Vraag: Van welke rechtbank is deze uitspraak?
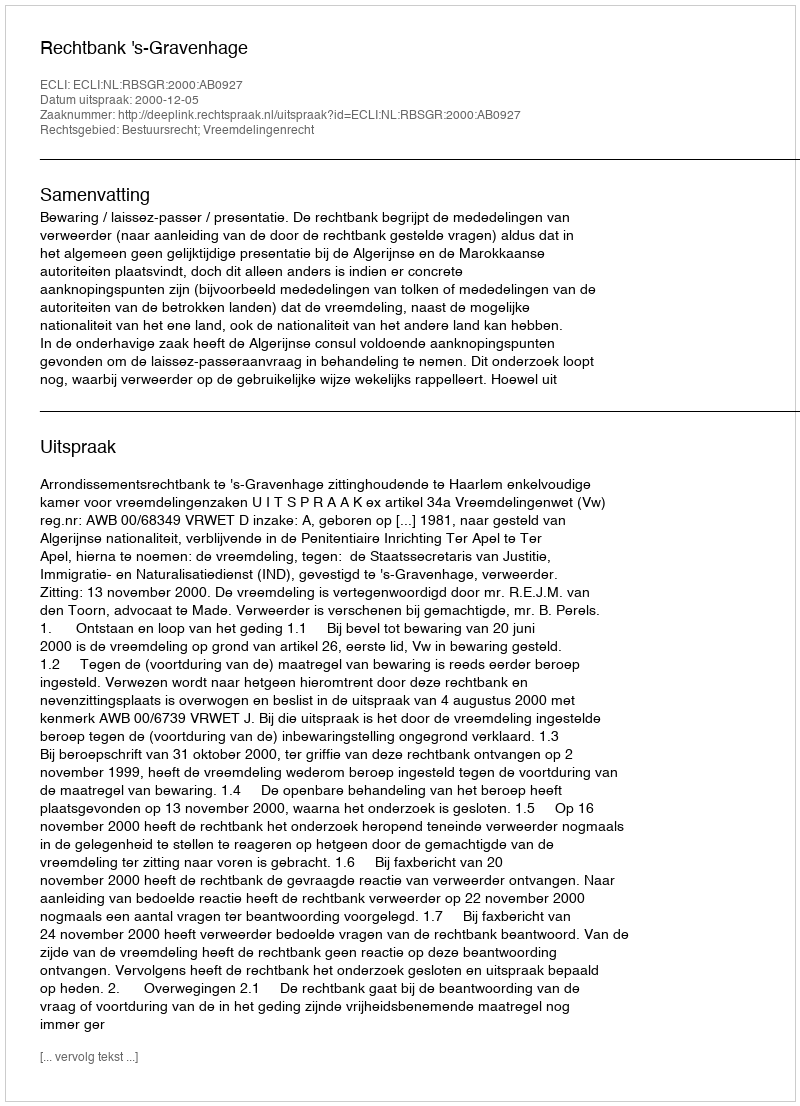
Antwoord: Rechtbank 's-Gravenhage